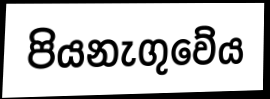
පියනැගුවේය